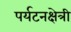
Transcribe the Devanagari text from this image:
पर्यटनक्षेत्री